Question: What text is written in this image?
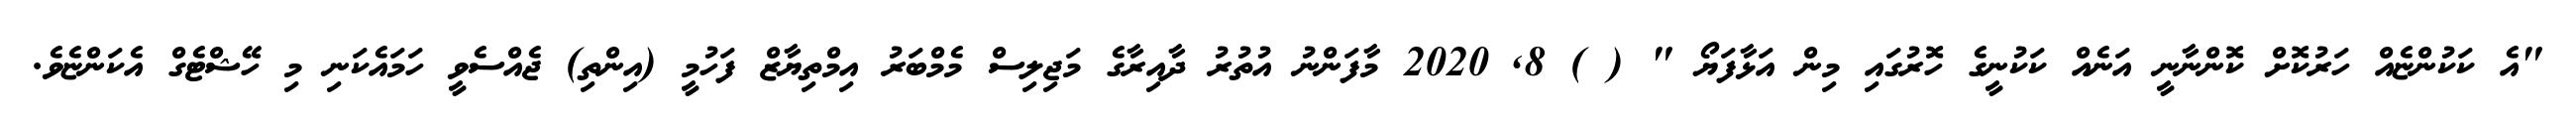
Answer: "އެ ކަކުންޏެއް ހަރުކޮށް ކޮންނާނީ އަނެއް ކަކުނީގެ ހޮރުގައި މިން އަޅާފަޔޯ " ( ) 8, 2020 މާފަންނު އުތުރު ދާއިރާގެ މަޖިލިސް މެމްބަރު އިމްތިޔާޒް ފަހުމީ (އިންތި) ޖެއްސެވީ ހަމައެކަނި މި ހޭޝްޓެގް އެކަންޏެވެ.